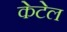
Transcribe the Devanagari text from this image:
केटेल